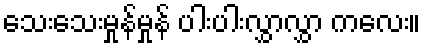
သေးသေးမှုန်မှုန် ပါးပါးလွှာလွှာ ကလေး။